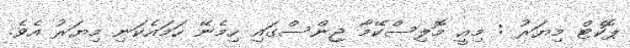
ޕޮކެޓް މިޔަރު : މިއީ މޮލިސްކޭމާ ޖިންސްގައި ހިމެނޭ ހަމައެކަނި މިޔަރު އެވެ.